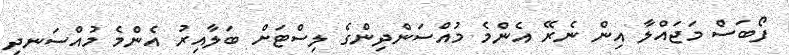
ފޯބަސް މަޖައްލާ އިން ނެރޭ އެންމެ މުއްސަންދިންގެ ލިސްޓަށްް ބަލާއިރު އެންމެ މުއްސަނދި